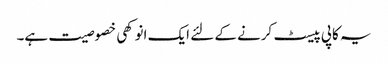
یہ کاپی پیسٹ کرنے کے لئے ایک انوکھی خصوصیت ہے۔